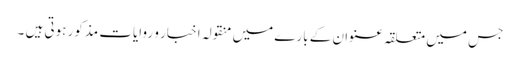
جس میں متعلقہ عنوان کے بارے میں منقولہ اخبار و روایات مذکور ہوتی ہیں ۔